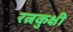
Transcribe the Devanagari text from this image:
रत्नकुक्षी